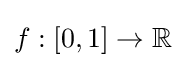
f:[0,1]\rightarrow \mathbb {R}